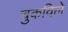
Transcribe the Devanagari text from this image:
चुकविले